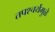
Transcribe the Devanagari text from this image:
तपश्‍चर्येमुळे